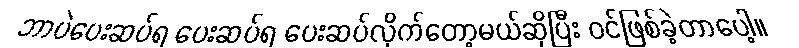
ဘာပဲပေးဆပ်ရ ပေးဆပ်ရ ပေးဆပ်လိုက်တော့မယ်ဆိုပြီး ဝင်ဖြစ်ခဲ့တာပေါ့။